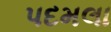
પદમલા